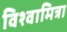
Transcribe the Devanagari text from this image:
विश्वामित्रा